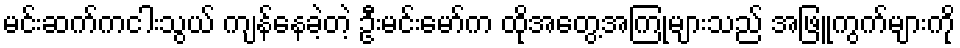
မင်းဆက်ကငါးသွယ် ကျန်နေခဲ့တဲ့ ဦးမင်းမော်က ထိုအတွေ့အကြုံများသည် အဖြူကွက်များကို